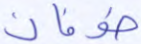
طوفان